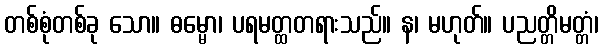
တစ်စုံတစ်ခု သော။ ဓမ္မော၊ ပရမတ္ထတရားသည်။ န၊ မဟုတ်။ ပညတ္တိမတ္တံ၊